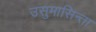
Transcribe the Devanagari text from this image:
उसुमासिन्ता